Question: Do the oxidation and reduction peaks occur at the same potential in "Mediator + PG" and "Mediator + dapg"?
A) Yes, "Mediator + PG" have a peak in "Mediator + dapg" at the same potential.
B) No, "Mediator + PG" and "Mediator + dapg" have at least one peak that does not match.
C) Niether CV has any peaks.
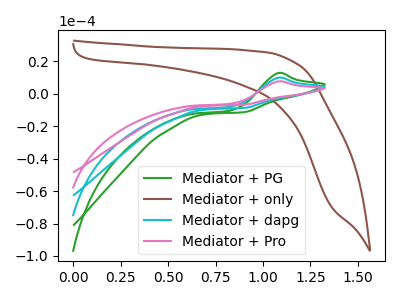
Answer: <think>The green curve "Mediator + PG" has an anodic peak at: (1.10V, 12.75uA). The brown curve "Mediator + only" has no peaks. The cyan curve "Mediator + dapg" has an anodic peak at: (1.10V, 9.85uA). The pink curve "Mediator + Pro" has an anodic peak at: (1.10V, 19.75uA).</think>
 <answer>A) Yes, "Mediator + PG" have a peak in "Mediator + dapg" at the same potential.</answer>
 <eval>A</eval>